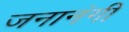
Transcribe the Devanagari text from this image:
जनानंगी